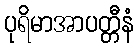
ပုရိမာအာပတ္တီနံ